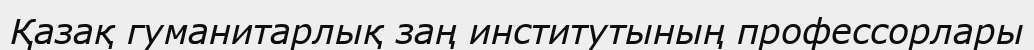
Қазақ гуманитарлық заң институтының профессорлары